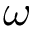
\omega